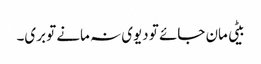
بیٹی مان جائے تو دیوی نہ مانے تو بری۔